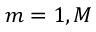
m = 1 , M